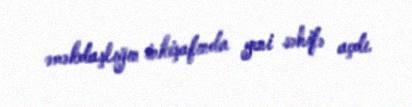
əməkdaşlığın inkişafında yeni səhifə açdı.